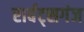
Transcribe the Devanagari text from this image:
रार्बट्सगंज